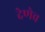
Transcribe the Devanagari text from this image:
देणेच